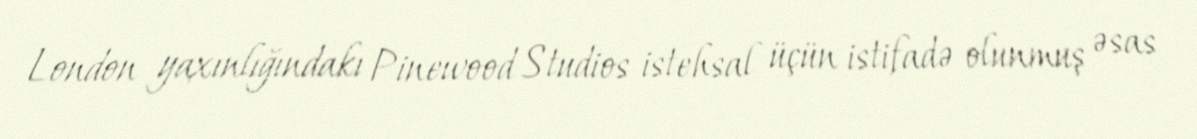
London yaxınlığındakı Pinewood Studios istehsal üçün istifadə olunmuş əsas